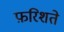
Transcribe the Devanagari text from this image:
फ़रिशते